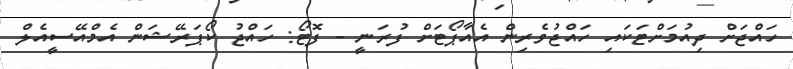
ހައްޖަށް ދިއުމަށްޓަކައި ހައްޖުވެރިން އެއާޕޯޓަށް ފުރަނީ - ފޮޓޯ: ހައްޖު ކޯޕަރޭޝަން އެމްއޭސީއެލް